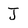
Character: J